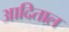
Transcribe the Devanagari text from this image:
आदिताल